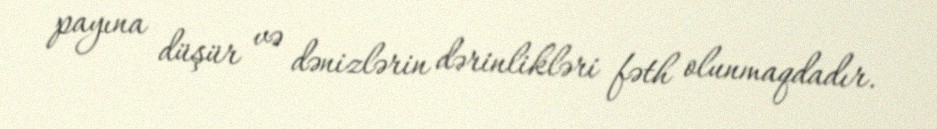
payına düşür və dənizlərin dərinlikləri fəth olunmaqdadır.